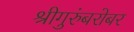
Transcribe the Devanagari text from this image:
श्रीगुरुंंबरोबर